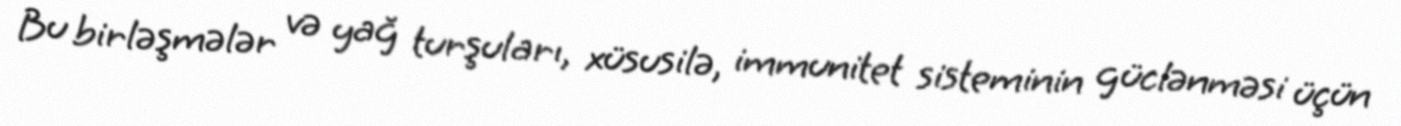
Bu birləşmələr və yağ turşuları, xüsusilə, immunitet sisteminin güclənməsi üçün